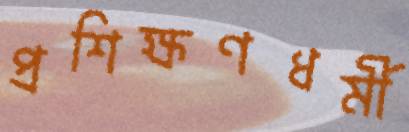
প্রশিক্ষণধর্মী